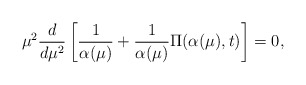
\begin{align*}\mu^{2} \frac{d}{ d \mu^{2}} \left[ \frac{1}{\alpha(\mu)} + \frac{1}{\alpha(\mu)} \Pi( \alpha(\mu), t) \right]=0,\end{align*}